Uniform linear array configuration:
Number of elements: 64
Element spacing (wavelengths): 0.5
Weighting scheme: cosine
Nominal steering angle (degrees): -30
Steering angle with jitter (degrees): -31.51
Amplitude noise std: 0.05
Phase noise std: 0.05

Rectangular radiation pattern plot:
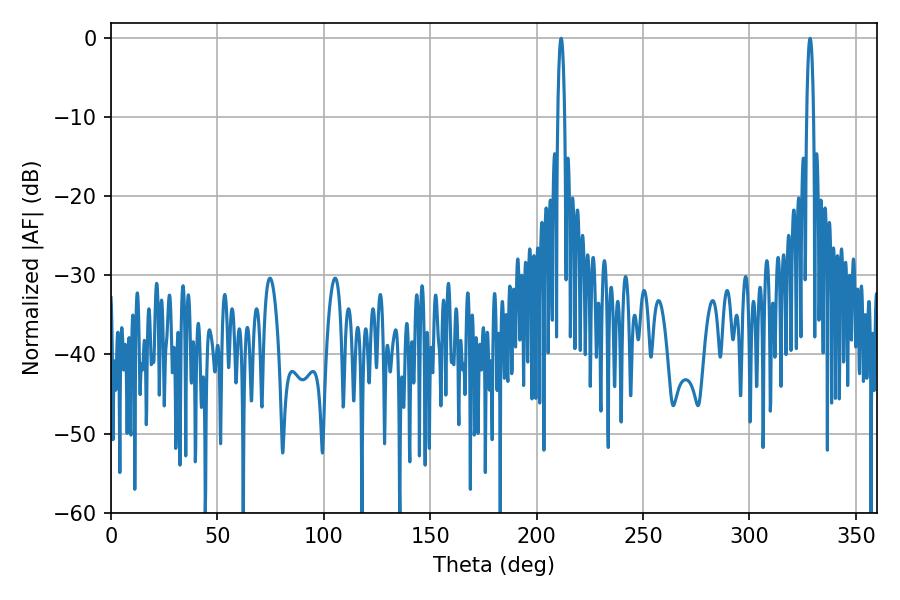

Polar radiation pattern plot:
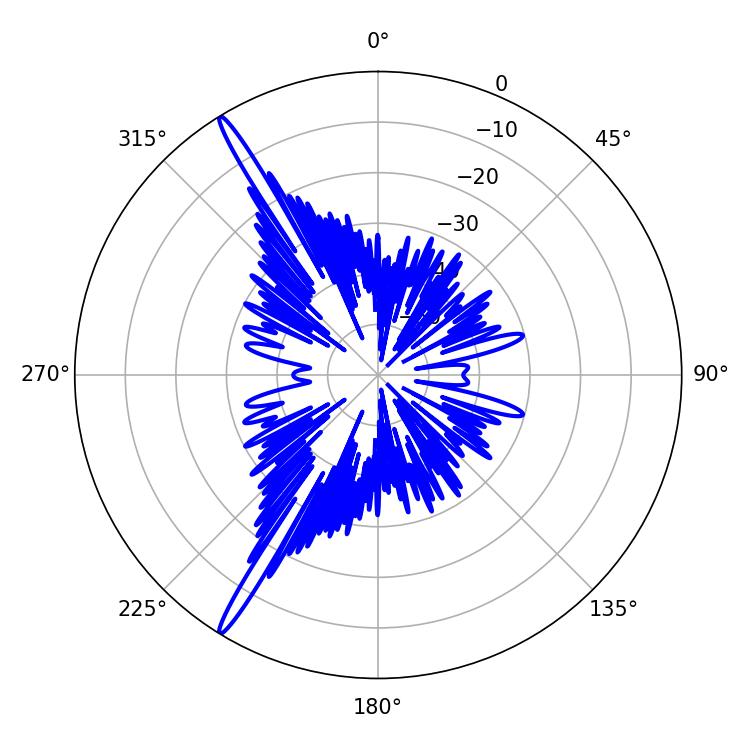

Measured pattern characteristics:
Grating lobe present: FALSE
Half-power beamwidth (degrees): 1.8
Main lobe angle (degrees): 211.5